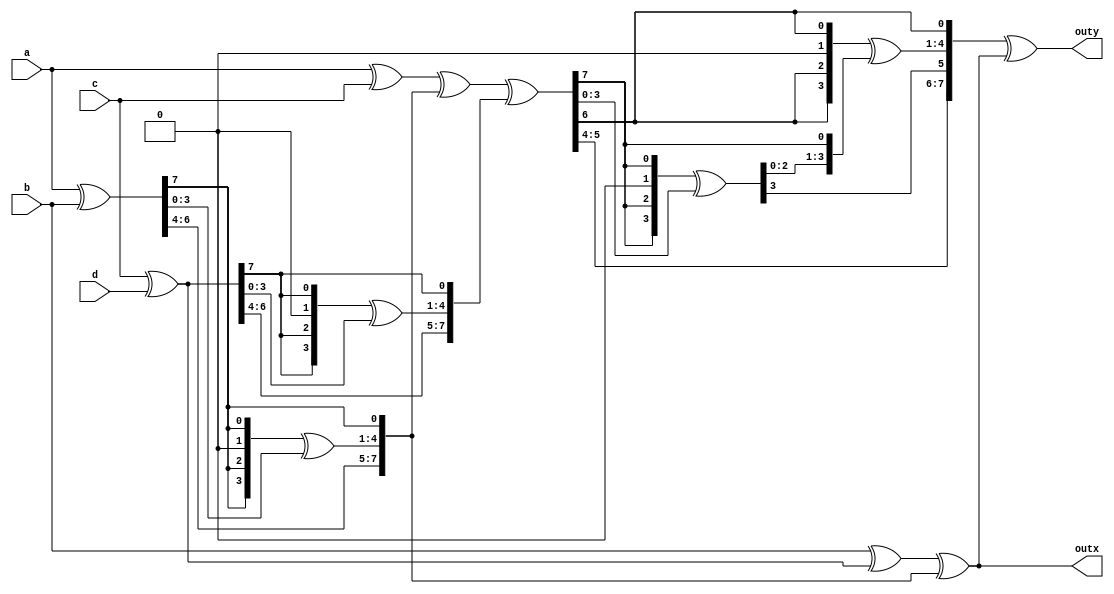
/**
* AES mix column module
* Given from teaching material
*/
module ARS_byte_mixcolum (
    a,
    b,
    c,
    d,
    outx,
    outy
);

  input [7:0] a, b, c, d;
  output [7:0] outx, outy;

  reg [7:0] outx, outy;

  function [7:0] xtime;

    input [7:0] in;
    reg [3:0] xtime_t;

    begin

      xtime[7:5] = in[6:4];
      xtime_t[3] = in[7];
      xtime_t[2] = in[7];
      xtime_t[1] = 0;
      xtime_t[0] = in[7];
      xtime[4:1] = xtime_t ^ in[3:0];
      xtime[0]   = in[7];

    end

  endfunction

  reg [7:0] w1, w2, w3, w4, w5, w6, w7, w8, outx_var;

  always @(a, b, c, d) begin

    w1 = a ^ b;
    w2 = a ^ c;
    w3 = c ^ d;
    w4 = xtime(w1);
    w5 = xtime(w3);
    w6 = w2 ^ w4 ^ w5;
    w7 = xtime(w6);
    w8 = xtime(w7);

    outx_var = b ^ w3 ^ w4;
    outx = outx_var;
    outy = w8 ^ outx_var;

  end

endmodule